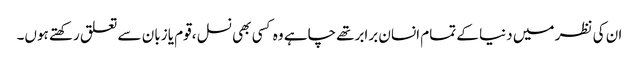
ان کی نظر میں دنیا کے تمام انسان برابرتھے چاہے وہ کسی بھی نسل ،قوم یا زبان سے تعلق رکھتے ہوں۔